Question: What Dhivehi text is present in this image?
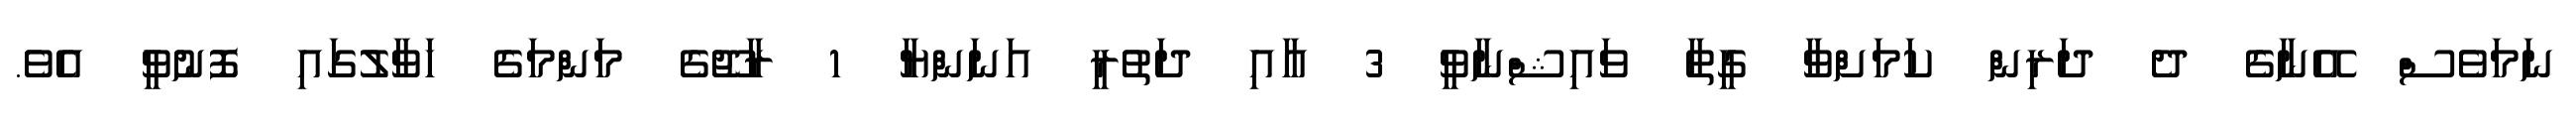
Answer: ނަމަވެސް އޭނާގެ ދެ ދަރިން ކަމަށްވާ ގީތާ ވައިޝްނާވީ 3 އާއި ދަތުރީ އަނަންޔާ 1 ރާޖޫގެ މަންމަގެ ހަވާލުގައި ފޮނުވީ އެވެ.